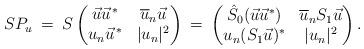
LaTeX: \begin{align*} SP_{u} \:=\: S \begin{pmatrix} \vec{u} \vec{u}^{\,*} & \overline{u}_{n} \vec{u} \\ u_{n} \vec{u}^{\,*} & |u_{n}|^{2} \end{pmatrix} \: = \: \begin{pmatrix} \hat{S}_{0}(\vec{u} \vec{u}^{*}) & \overline{u}_{n} S_{1} \vec{u} \\ u_{n} ( S_{1} \vec{u} )^{*} & |u_{n}|^{2} \end{pmatrix}.\end{align*}